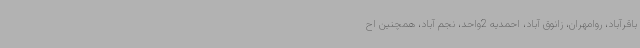
باقرآباد، روامهران، زانوق آباد، احمدیه 2واحد، نجم آباد، همچنین اح